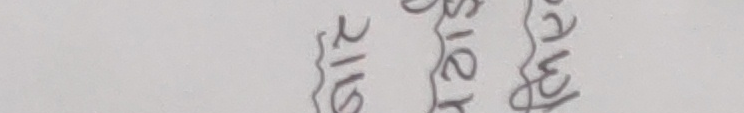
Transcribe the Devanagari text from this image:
माथिको प्रश्नको उत्तर २।६